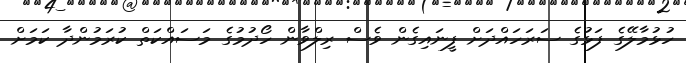
ހުޅުމާލޭގެ ފަޅުގެ ސަރަހައްދަށް ފީނައިގެން ވެސް ރިލްވާން ހޯދުމުގެ މަސައްކަތް ކުރަމުންދާ ކަަމަށް